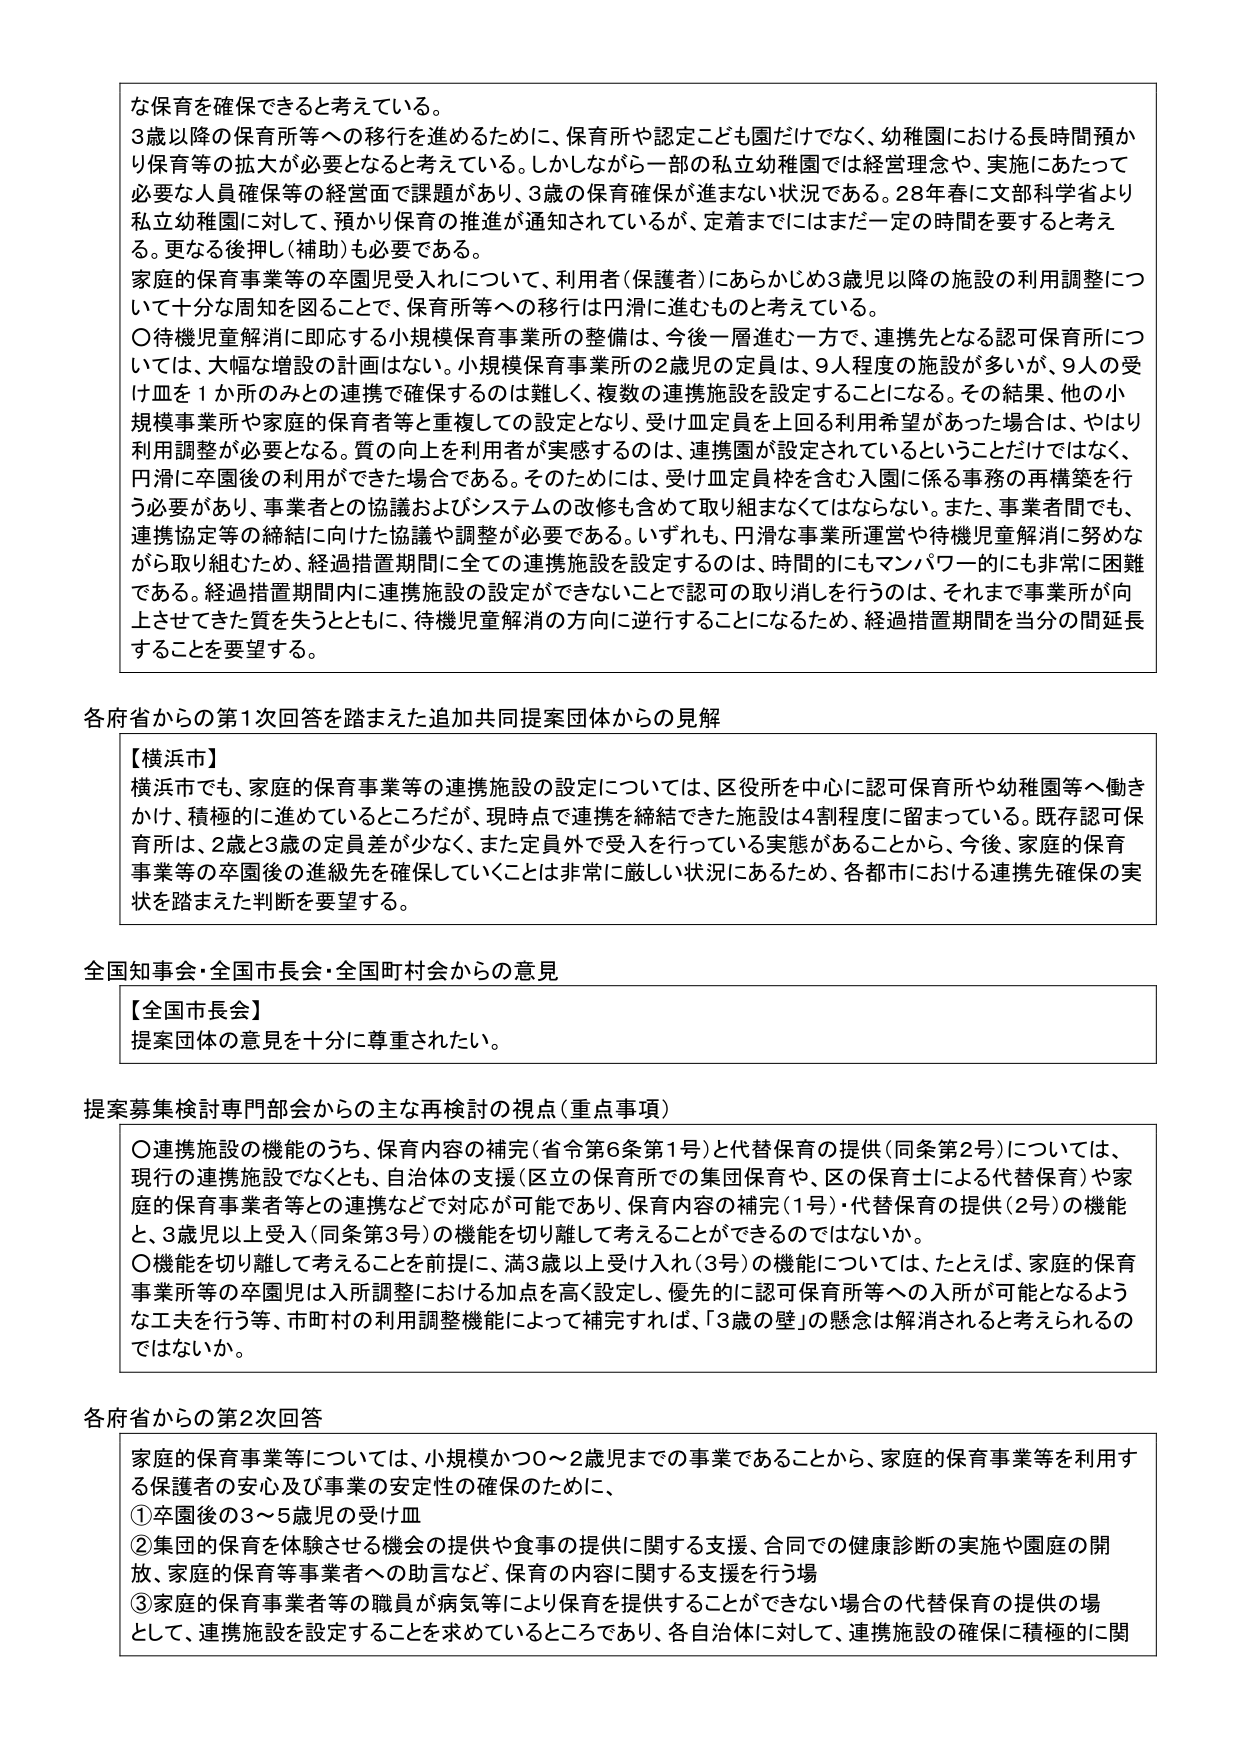
な保育を確保できると考えている。

3歳以降の保育所等への移行を進めるために、保育所や認定こども園だけでなく、幼稚園における長時間預かり保育等の拡大が必要となると考えている。しかしながら一部の私立幼稚園では経営理念や、実施にあたって必要な人員確保等の経営面で課題があり、3歳の保育確保が進まない状況である。28年春に文部科学省より私立幼稚園に対して、預かり保育の推進が通知されているが、定着までにはまだ一定の時間を要すると考える。更なる後押し（補助）も必要である。

家庭的保育事業等の卒園児受入れについて、利用者（保護者）にあらかじめ3歳児以降の施設の利用調整について十分な周知を図ることで、保育所等への移行は円滑に進むものと考えている。

〇待機児童解消に即応する小規模保育事業所の整備は、今後一層進む一方で、連携先となる認可保育所については、大幅な増設の計画はない。小規模保育事業所の2歳児の定員は、9人程度の施設が多いが、9人の受け皿を1か所のみとの連携で確保するのは難しく、複数の連携施設を設定することになる。その結果、他の小規模事業所や家庭的保育者等と重複しての設定となり、受け皿定員を上回る利用希望があった場合は、やはり利用調整が必要となる。質の向上を利用者が実感するのは、連携園が設定されているというだけではなく、円滑に卒園後の利用ができた場合である。そのためには、受け皿定員枠を含む入園に係る事務の再構築を行う必要があり、事業者との協議およびシステムの改修も含めて取り組まなくてはならない。また、事業者間でも、連携協定等の締結に向けた協議や調整が必要である。いずれも、円滑な事業所運営や待機児童解消に努めながら取り組むため、経過措置期間に全ての連携施設を設定するのは、時間的にもマンパワー的にも非常に困難である。経過措置期間内に連携施設の設定ができないことで認可の取り消しを行うのは、それまで事業所が向上させてきた質を失うとともに、待機児童解消の方向に逆行することになるため、経過措置期間を当分の間延長することを要望する。

各府省からの第1次回答を踏まえた追加共同提案団体からの見解

【横浜市】
横浜市でも、家庭的保育事業等の連携施設の設定については、区役所を中心に認可保育所や幼稚園等へ働きかけ、積極的に進めているところだが、現時点で連携を締結できた施設は4割程度に留まっている。既存認可保育所は、2歳と3歳の定員差が少なく、また定員外で受入を行っている実態があることから、今後、家庭的保育事業等の卒園後の進級先を確保していくことは非常に厳しい状況にあるため、各都市における連携先確保の実状を踏まえた判断を要望する。

全国知事会・全国市長会・全国町村会からの意見

【全国市長会】
提案団体の意見を十分に尊重されたい。

提案募集検討専門部会からの主な再検討の視点（重点事項）

〇連携施設の機能のうち、保育内容の補完（省令第6条第1号）と代替保育の提供（同条第2号）については、現行の連携施設でなくとも、自治体の支援（区立の保育所での集団保育や、区の保育士による代替保育）や家庭的保育事業者等との連携などで対応が可能であり、保育内容の補完（1号）・代替保育の提供（2号）の機能と、3歳児以上受入（同条第3号）の機能を切り離して考えることができるのではないか。

〇機能を切り離して考えることを前提に、満3歳以上受け入れ（3号）の機能については、たとえば、家庭的保育事業所等の卒園児は入所調整における加点を高く設定し、優先的に認可保育所等への入所が可能となるような工夫を行う等、市町村の利用調整機能によって補完すれば、「3歳の壁」の懸念は解消されると考えられるのではないか。

各府省からの第2次回答

家庭的保育事業等については、小規模かつ0～2歳児までの事業であることから、家庭的保育事業等を利用する保護者の安心及び事業の安定性の確保のために、

①卒園後の3～5歳児の受け皿

②集団的保育を体験させる機会の提供や食事の提供に関する支援、合同での健康診断の実施や園庭の開放、家庭的保育等事業者への助言など、保育の内容に関する支援を行う場

③家庭的保育事業者等の職員が病気等により保育を提供することができない場合の代替保育の提供の場として、連携施設を設定することを求めているところであり、各自治体に対して、連携施設の確保に積極的に関